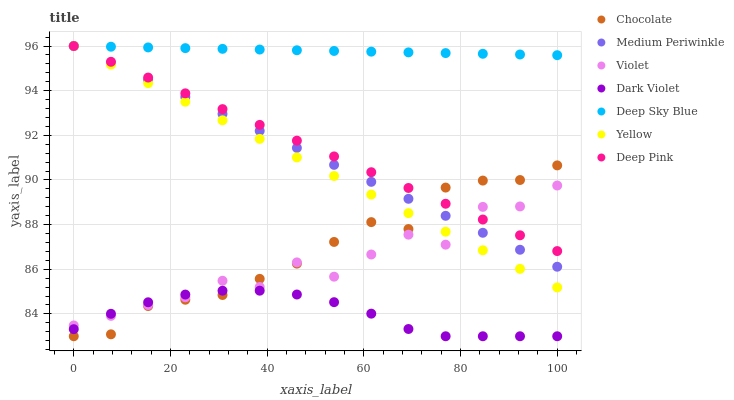
| xaxis_label | Chocolate | Medium Periwinkle | Violet | Dark Violet | Deep Sky Blue | Yellow | Deep Pink |
 | --- | --- | --- | --- | --- | --- | --- | --- |
 | 0 | 83 | 96 | 83.5 | 83.3 | 96 | 96 | 96 |
 | 7.69 | 83.1 | 95.2 | 83.9 | 84 | 96 | 95.2 | 95.3 |
 | 15.4 | 84.4 | 94.5 | 84.4 | 84.5 | 95.9 | 94.3 | 94.6 |
 | 23.1 | 84.6 | 93.7 | 84.7 | 84.9 | 95.9 | 93.5 | 93.9 |
 | 30.8 | 84.8 | 93 | 85.5 | 85 | 95.9 | 92.7 | 93.2 |
 | 38.5 | 85.6 | 92.2 | 85.2 | 85 | 95.8 | 91.8 | 92.5 |
 | 46.2 | 86.3 | 91.4 | 86.3 | 84.9 | 95.8 | 91 | 91.8 |
 | 53.8 | 87.2 | 90.7 | 85.7 | 84.5 | 95.8 | 90.2 | 91.1 |
 | 61.5 | 88.1 | 89.9 | 86.7 | 84 | 95.7 | 89.3 | 90.3 |
 | 69.2 | 87.8 | 89.2 | 87.6 | 83.3 | 95.7 | 88.5 | 89.6 |
 | 76.9 | 89.7 | 88.4 | 87.1 | 83 | 95.7 | 87.7 | 88.9 |
 | 84.6 | 90 | 87.6 | 88.8 | 83 | 95.7 | 86.9 | 88.2 |
 | 92.3 | 90 | 86.9 | 88.8 | 83 | 95.6 | 86 | 87.5 |
 | 100 | 90.7 | 86.1 | 89.8 | 83 | 95.6 | 85.2 | 86.8 |